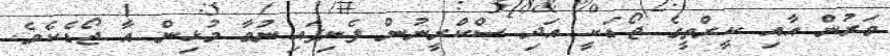
ވަރުން އާއި ކީރްތީގެ ޖޯޑަކީ އަދި ސްކްރީނުން ފެނިފައިނުވާ މުޅިން އާ ޖޯޑެކެވެ.